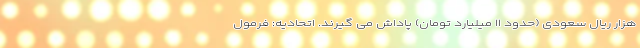
هزار ریال سعودی (حدود ۱۱ میلیارد تومان) پاداش می گیرند. اتحادیه: فرمول